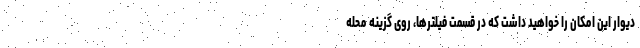
دیوار این امکان را خواهید داشت که در قسمت فیلترها، روی گزینه محله